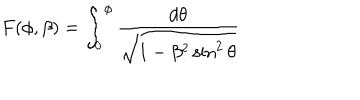
F ( \phi , \beta ) = \int _ { 0 } ^ { \phi } \frac { d \theta } { \sqrt { 1 - \beta ^ { 2 } \sin ^ { 2 } \theta } }